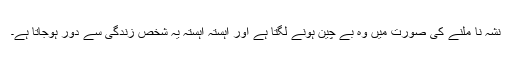
نشہ نا ملنے کی صورت میں وہ بے چین ہونے لگتا ہے اور آہستہ آہستہ یہ شخص زندگی سے دور ہوجاتا ہے۔